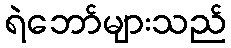
ရဲဘော်များသည်